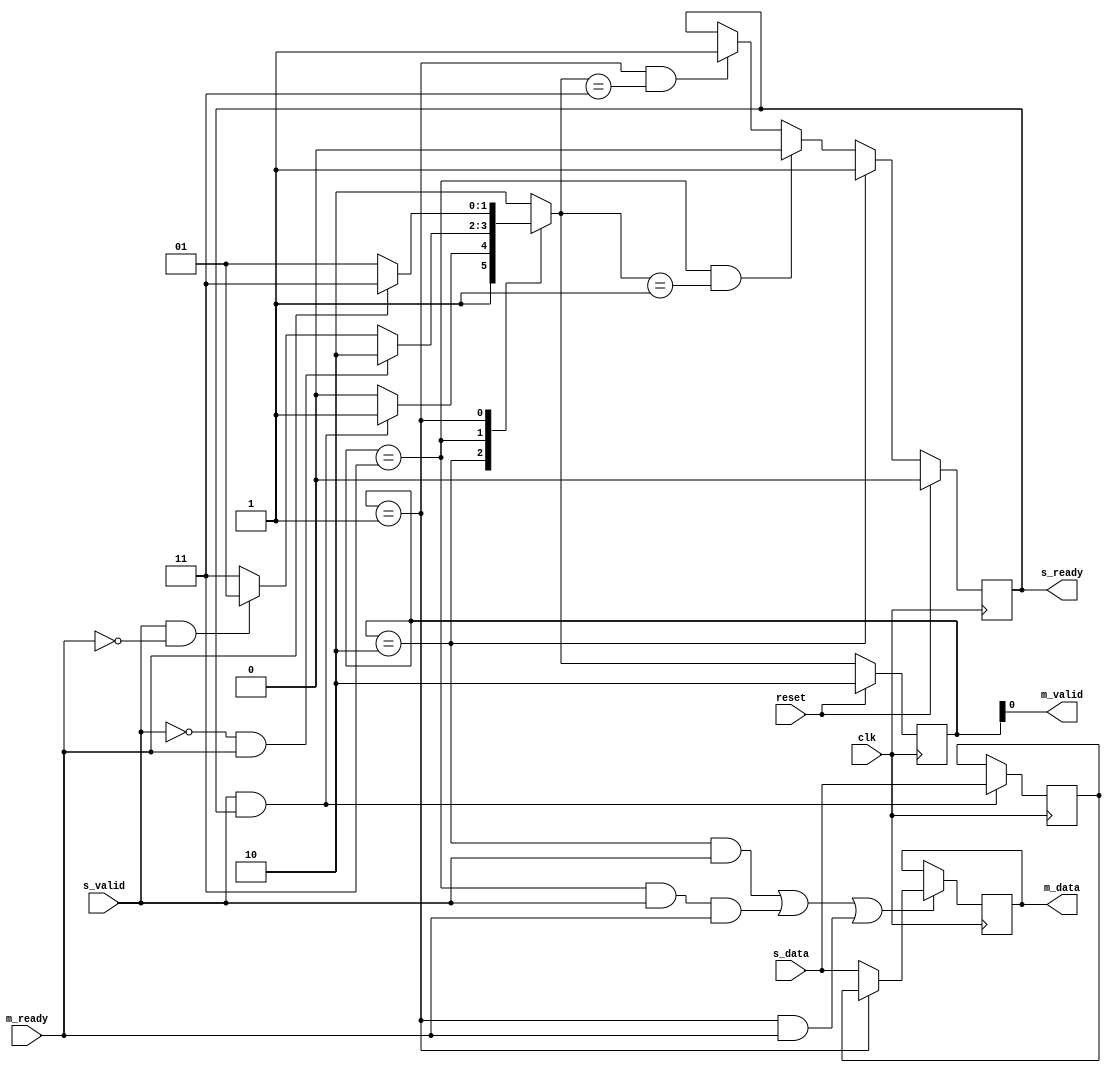
`timescale 1 ns / 1 ps

module kernel3_gmem_A_m_axi_reg_slice
#(parameter
    DATA_WIDTH = 8
) (
    // system signals
    input  wire                  clk,
    input  wire                  reset,
    // slave side
    input  wire [DATA_WIDTH-1:0] s_data,
    input  wire                  s_valid,
    output wire                  s_ready,
    // master side
    output wire [DATA_WIDTH-1:0] m_data,
    output wire                  m_valid,
    input  wire                  m_ready);
    //------------------------Parameter----------------------
    // state
    localparam [1:0]
        ZERO = 2'b10,
        ONE  = 2'b11,
        TWO  = 2'b01;
    //------------------------Local signal-------------------
    reg  [DATA_WIDTH-1:0] data_p1;
    reg  [DATA_WIDTH-1:0] data_p2;
    wire         load_p1;
    wire         load_p2;
    wire         load_p1_from_p2;
    reg          s_ready_t;
    reg  [1:0]   state;
    reg  [1:0]   next;
    //------------------------Body---------------------------
    assign s_ready = s_ready_t;
    assign m_data  = data_p1;
    assign m_valid = state[0];
    assign load_p1 = (state == ZERO && s_valid) ||
                    (state == ONE && s_valid && m_ready) ||
                    (state == TWO && m_ready);
    assign load_p2 = s_valid & s_ready;
    assign load_p1_from_p2 = (state == TWO);
    // data_p1
    always @(posedge clk) begin
        if (load_p1) begin
            if (load_p1_from_p2)
                data_p1 <= data_p2;
            else
                data_p1 <= s_data;
        end
    end
    // data_p2
    always @(posedge clk) begin
        if (load_p2) data_p2 <= s_data;
    end
    // s_ready_t
    always @(posedge clk) begin
        if (reset)
            s_ready_t <= 1'b0;
        else if (state == ZERO)
            s_ready_t <= 1'b1;
        else if (state == ONE && next == TWO)
            s_ready_t <= 1'b0;
        else if (state == TWO && next == ONE)
            s_ready_t <= 1'b1;
    end
    // state
    always @(posedge clk) begin
        if (reset)
            state <= ZERO;
        else
            state <= next;
    end
    // next
    always @(*) begin
        case (state)
            ZERO:
                if (s_valid & s_ready)
                    next = ONE;
                else
                    next = ZERO;
            ONE:
                if (~s_valid & m_ready)
                    next = ZERO;
                else if (s_valid & ~m_ready)
                    next = TWO;
                else
                    next = ONE;
            TWO:
                if (m_ready)
                    next = ONE;
                else
                    next = TWO;
            default:
                next = ZERO;
        endcase
    end
endmodule